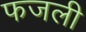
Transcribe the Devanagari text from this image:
फजली